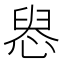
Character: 惥